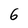
Character: 6